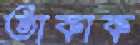
তাকাক